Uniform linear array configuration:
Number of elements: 12
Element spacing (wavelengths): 0.25
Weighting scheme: hamming
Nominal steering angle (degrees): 60
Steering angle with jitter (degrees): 58.438
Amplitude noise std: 0.05
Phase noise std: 0.05

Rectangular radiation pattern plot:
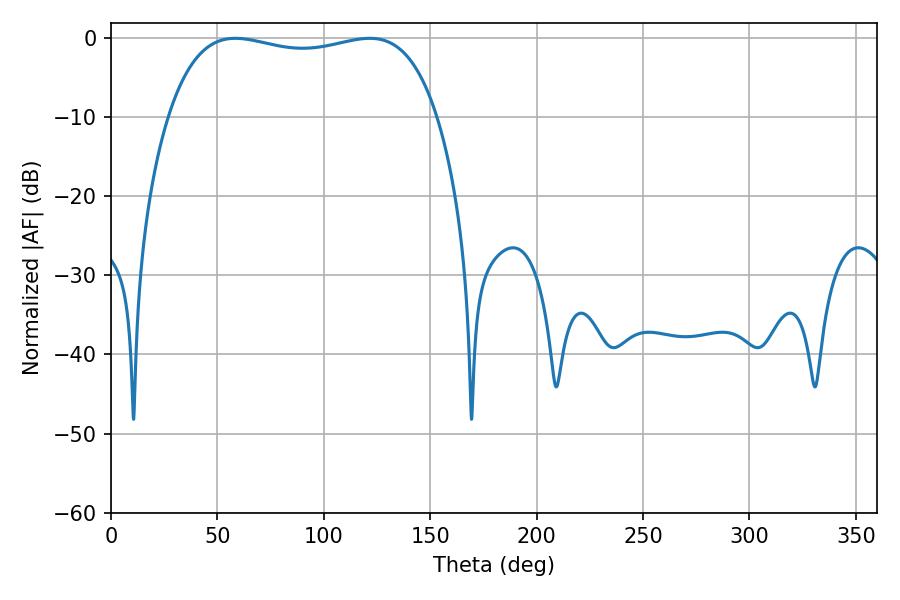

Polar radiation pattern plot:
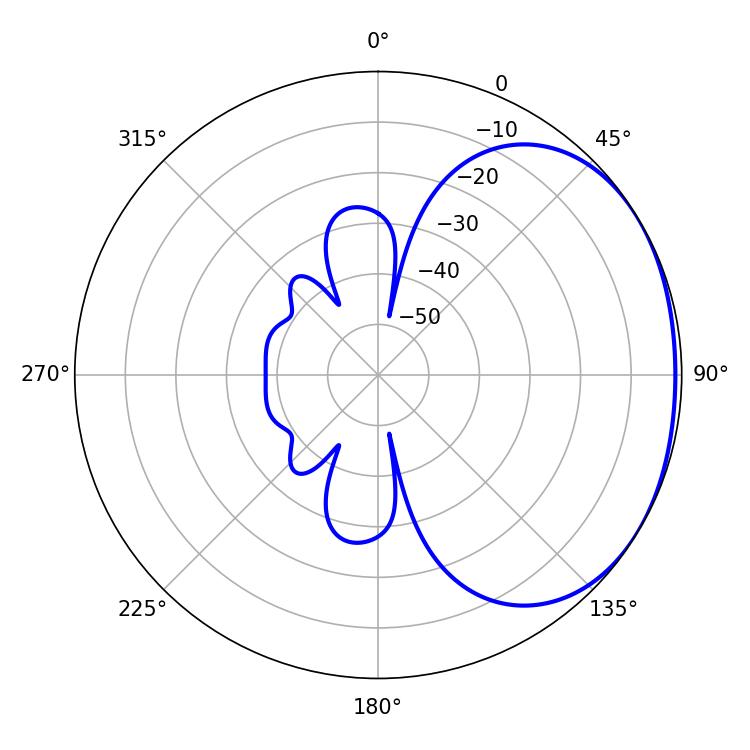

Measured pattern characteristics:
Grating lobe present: FALSE
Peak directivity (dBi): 1.547
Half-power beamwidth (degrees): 102.6
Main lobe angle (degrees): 58.5